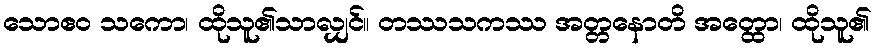
သောဧဝ သကော၊ ထိုသူ၏သာလျှင်။ တဿသကဿ အတ္တနောတိ အတ္ထော၊ ထိုသူ၏